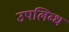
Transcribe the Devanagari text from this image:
उपलिब्ध